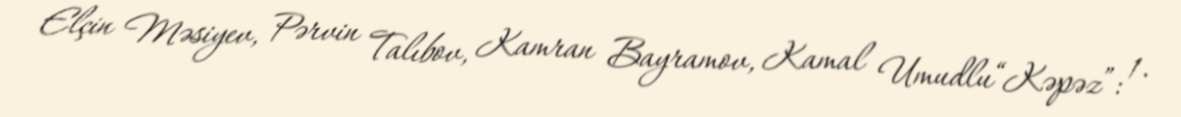
Elçin Məsiyev, Pərvin Talıbov, Kamran Bayramov, Kamal Umudlu“Kəpəz”: 1.